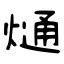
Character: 熥